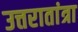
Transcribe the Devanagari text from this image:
उत्तरातांत्रा